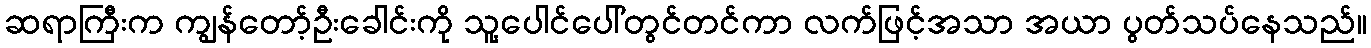
ဆရာကြီးက ကျွန်တော့်ဦးခေါင်းကို သူ့ပေါင်ပေါ်တွင်တင်ကာ လက်ဖြင့်အသာ အယာ ပွတ်သပ်နေသည်။